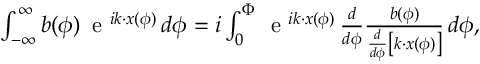
\begin{array} { r } { \int _ { - \infty } ^ { \infty } b ( \phi ) \, \mathrm { ~ e ~ } ^ { i k \cdot x ( \phi ) } \, d \phi = i \int _ { 0 } ^ { \Phi } \, \mathrm { ~ e ~ } ^ { i k \cdot x ( \phi ) } \, \frac { d } { d \phi } \frac { b ( \phi ) } { \frac { d } { d \phi } \left[ k \cdot x ( \phi ) \right] } \, d \phi , } \end{array}